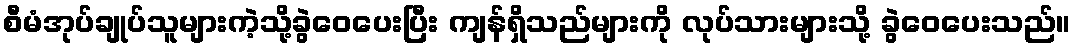
စီမံအုပ်ချုပ်သူများကဲ့သို့ခွဲဝေပေးပြီး ကျန်ရှိသည်များကို လုပ်သားများသို့ ခွဲဝေပေးသည်။